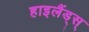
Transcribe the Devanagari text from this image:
हाइलैंड्स्